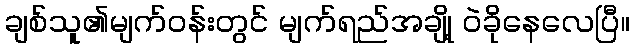
ချစ်သူ၏မျက်ဝန်းတွင် မျက်ရည်အချို့ ဝဲခိုနေလေပြီ။